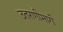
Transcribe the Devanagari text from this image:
उतरणीमार्गे